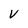
Character: V